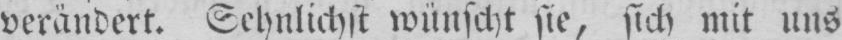
verändert. Sehnlichst wünscht sie, sich mit uns